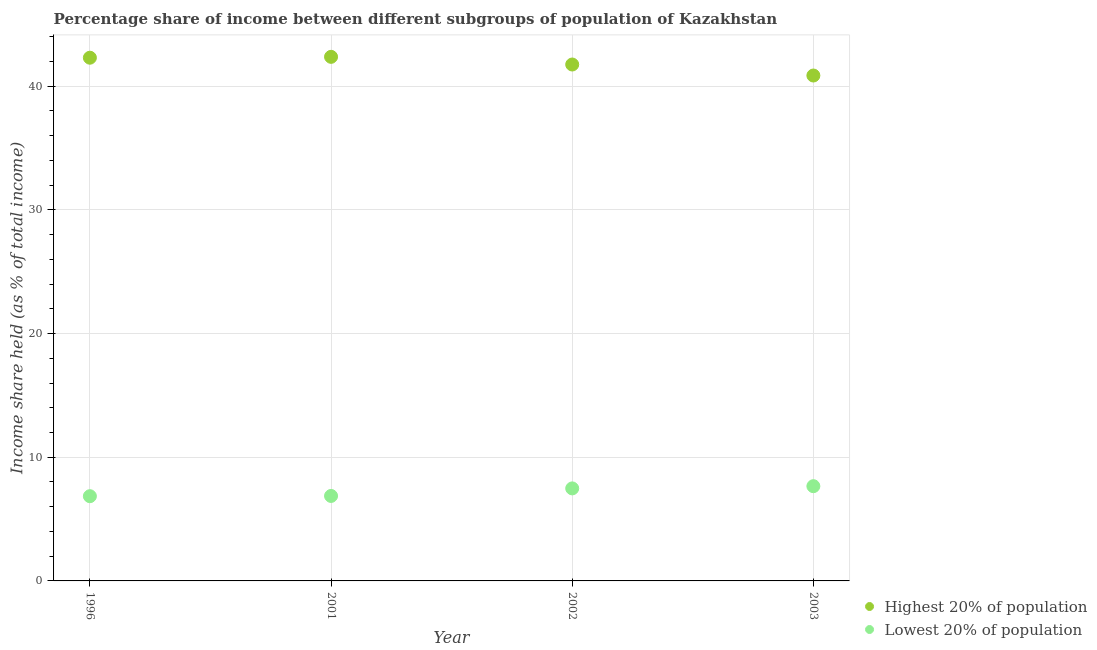
| Year | Highest 20% of population | Lowest 20% of population |
 | --- | --- | --- |
 | 1996 | 42.3 | 6.85 |
 | 2001 | 42.4 | 6.87 |
 | 2002 | 41.8 | 7.48 |
 | 2003 | 40.9 | 7.66 |